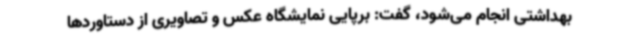
بهداشتی انجام می‌شود، گفت: برپایی نمایشگاه عکس و تصاویری از دستاوردها